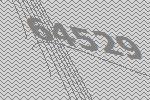
64529